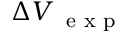
\Delta V _ { \mathrm { ~ \scriptsize ~ e ~ x ~ p ~ } }